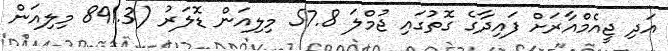
އަދި ޖީއެމްއާރަށް ފައިދާގެ ގޮތުގައި ޖުމްލަ 57.8 މިލިއަން ޑޮލަރު (891.3 މިލިއަން